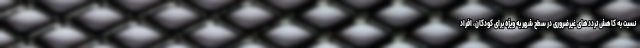
نسبت به کاهش ترددهای غیرضروری در سطح شهر به ویژه برای کودکان، افراد